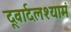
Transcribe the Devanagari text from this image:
दूवार्दलश्यामं